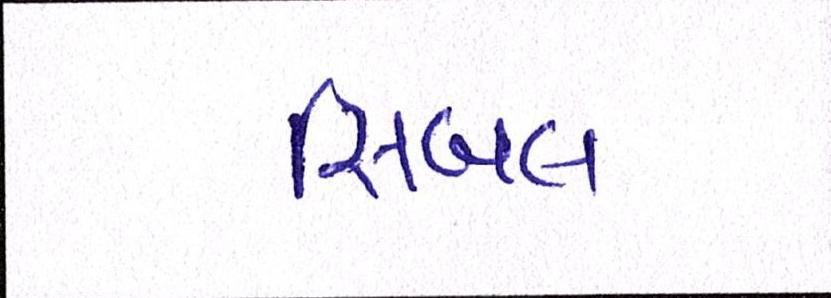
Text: સિબલ